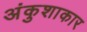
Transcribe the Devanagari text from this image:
अंकुशाकार